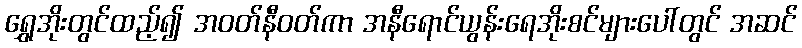
ရွှေအိုးတွင်ထည့်၍ အဝတ်နီဝတ်ကာ အနီရောင်ယွန်းရေအိုးစင်များပေါ်တွင် အဆင်